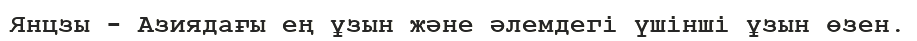
Янцзы - Азиядағы ең ұзын және әлемдегі үшінші ұзын өзен.